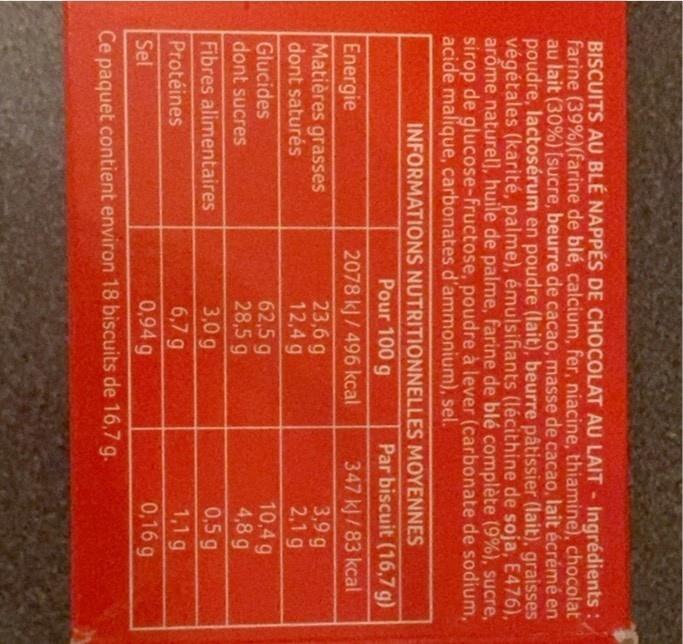
BISCUITS AU BLÉ NAPPÉS DE CHOCOLAT AU LAIT - Ingrédients : farine (39%) (farine de blé, calcium, fer, niacine, thiamine), chocolat au lait (30%) [sucre, beurre de cacao, masse de cacao, lait écrémé en poudre, lactosérum en poudre (lait), beurre pâtissier (lait), graisses végétales (karité, palme), émulsifiants (lécithine de soja, E476), arôme naturel], huile de palme, farine de blé complète (9%), sucre, sirop de glucose-fructose, poudre à lever (carbonate de sodium, acide malique, carbonates d'ammonium), sel.
INFORMATIONS NUTRITIONNELLES
MOYENNES
Pour 100 g
Par biscuit (16,7 g)
Energie
2078 kJ/496 kcal
347 kJ/83 kcal
23,6 g
3,9 g
Matières grasses dont saturés
12,4 g
2,1g
Glucides
62,5 g
10,4 g
dont sucres
28,5 g
4,8 g
Fibres alimentaires
3,0 g
0,5 g
6,7 g
1,1 g
Protéines
Sel
0,94 g
0,16 g
Ce paquet contient environ 18 biscuits de 16,7 g.